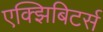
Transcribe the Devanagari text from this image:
एक्झिबिटर्स